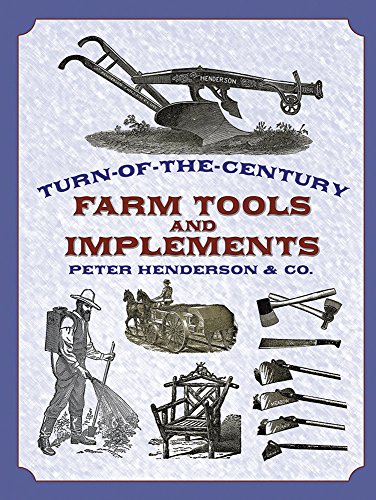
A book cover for Turn-of-the-Century Farm Tools and Implements (Dover Pictorial Archives); Henderson & Co.; Humor & Entertainment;